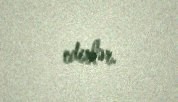
edirlər.